Leprosy in India: report of the Leprosy Commission in India, 1890-91
Year: 1890
Disease focus: Leprosy
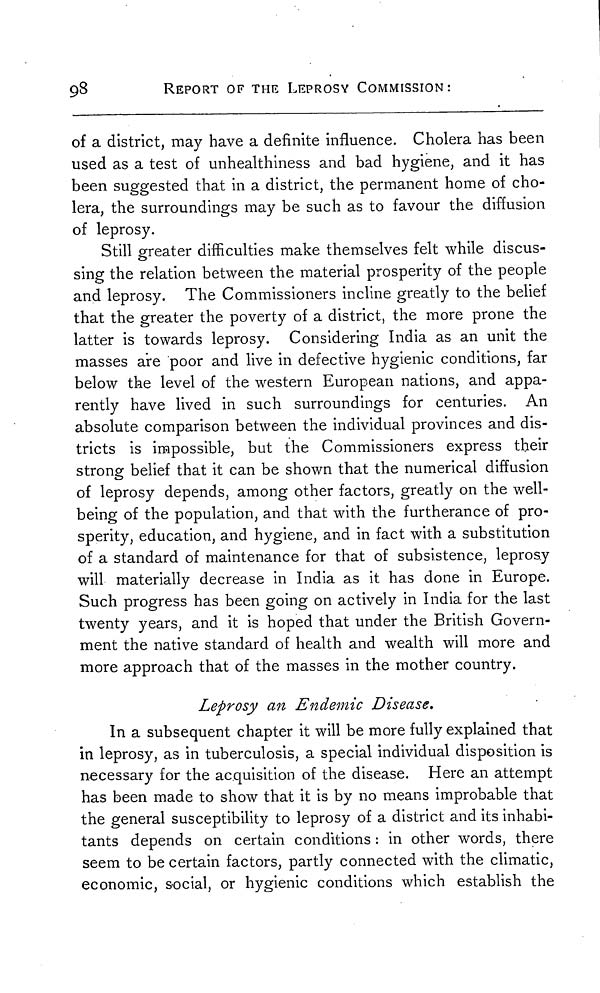
98
REPORT OF THE LEPROSY COMMISSION:
of a district, may have a definite influence. Cholera has been
used as a test of unhealthiness and bad hygiene, and it has
been suggested that in a district, the permanent home of cho-
lera, the surroundings may be such as to favour the diffusion
of leprosy.
Still greater difficulties make themselves felt while discus-
sing the relation between the material prosperity of the people
and leprosy. The Commissioners incline greatly to the belief
that the greater the poverty of a district, the more prone the
latter is towards leprosy. Considering India as an unit the
masses are poor and live in defective hygienic conditions, far
below the level of the western European nations, and appa-
rently have lived in such surroundings for centuries. An
absolute comparison between the individual provinces and dis-
tricts is impossible, but the Commissioners express their
strong belief that it can be shown that the numerical diffusion
of leprosy depends, among other factors, greatly on the well-
being of the population, and that with the furtherance of pro-
sperity, education, and hygiene, and in fact with a substitution
of a standard of maintenance for that of subsistence, leprosy
will materially decrease in India as it has done in Europe.
Such progress has been going on actively in India for the last
twenty years, and it is hoped that under the British Govern-
ment the native standard of health and wealth will more and
more approach that of the masses in the mother country.
Leprosy an Endemic Disease.
In a subsequent chapter it will be more fully explained that
in leprosy, as in tuberculosis, a special individual disposition is
necessary for the acquisition of the disease. Here an attempt
has been made to show that it is by no means improbable that
the general susceptibility to leprosy of a district and its inhabi-
tants depends on certain conditions : in other words, there
seem to be certain factors, partly connected with the climatic,
economic, social, or hygienic conditions which establish the